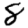
Digit: 8